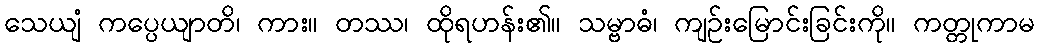
သေယျံ ကပ္ပေယျာတိ၊ ကား။ တဿ၊ ထိုရဟန်း၏။ သမ္ဗာဓံ၊ ကျဉ်းမြောင်းခြင်းကို။ ကတ္တုကာမ